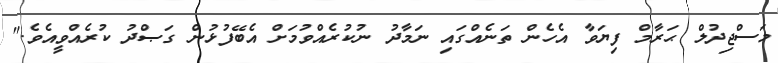
މަސްޖިދުލް ޙަރާމް ފިޔަވާ އެހެން ތަނެއްގައި ނަމާދު ނުކުރެއްވުމަށް އެބޭފުޅުން ގަޞްދު ކުރެއްވީއެވެ."